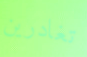
تغادرين